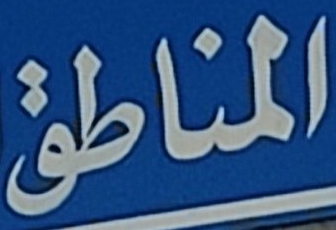
المناطق